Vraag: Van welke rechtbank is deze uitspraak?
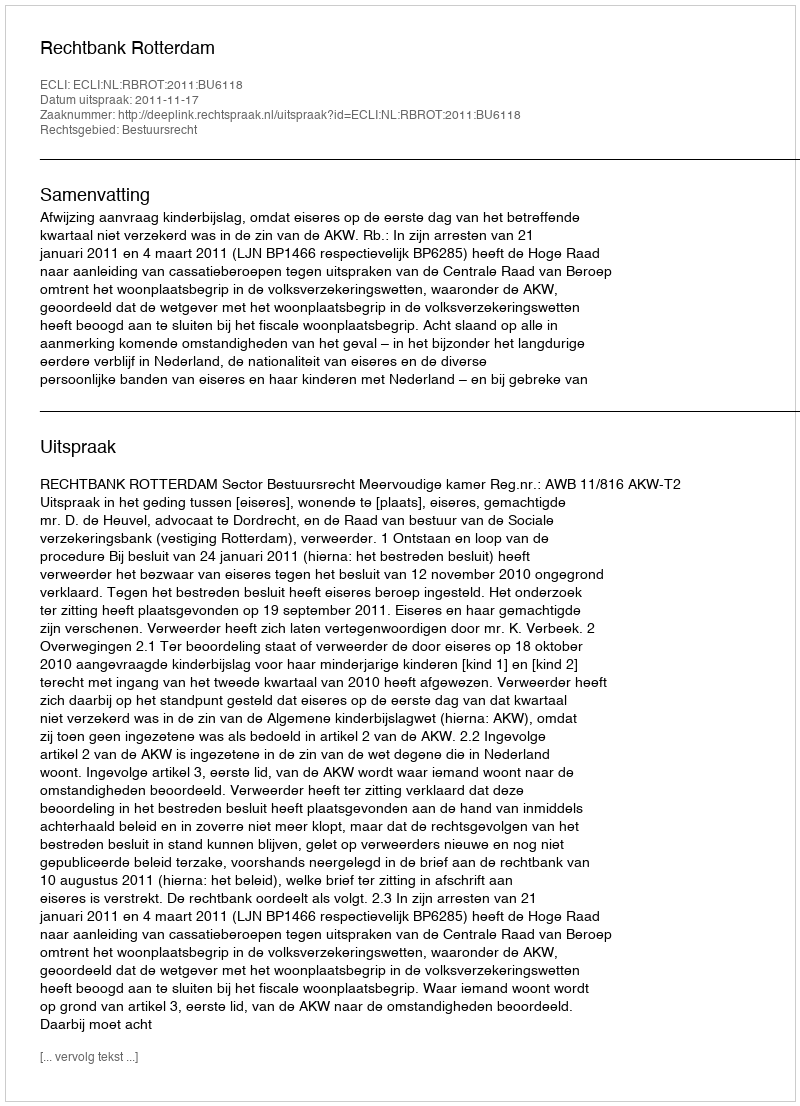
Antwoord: Rechtbank Rotterdam